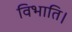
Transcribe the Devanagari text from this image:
विभाति।